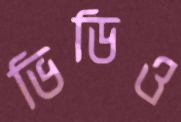
ভিডিও